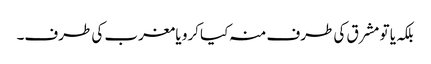
بلکہ یا تو مشرق کی طرف منہ کیا کرو یا مغرب کی طرف۔